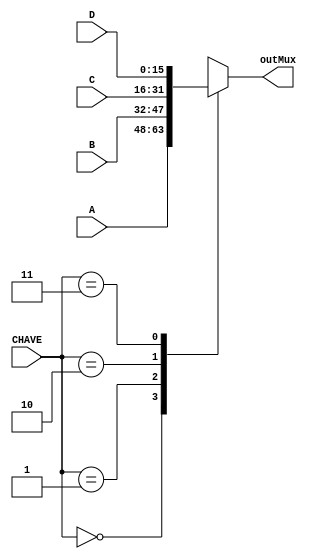
module mux
(input[15:0] A, B, C, D,
 input[1:0] CHAVE,
 output reg[15:0] outMux);
 
always @(*)
begin
	case(CHAVE)
		2'b00 : outMux <= A;
		2'b01 : outMux <= B;
		2'b10 : outMux <= C;
		2'b11 : outMux <= D;
	endcase
end

endmodule